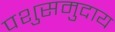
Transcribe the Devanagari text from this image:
पशुसमुदाय